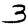
Digit: 3